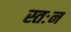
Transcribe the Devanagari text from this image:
स्तःन